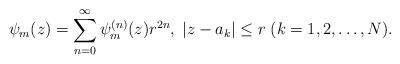
LaTeX: \begin{align*}\psi_m(z) = \sum_{n=0}^\infty \psi_{m}^{(n)}(z) r^{2n},\;|z -a_k| \leq r\;(k=1,2,\ldots, N). \end{align*}